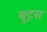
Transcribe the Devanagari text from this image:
बुट्रस